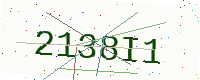
Text: 2138I1